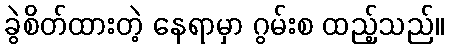
ခွဲစိတ်ထားတဲ့ နေရာမှာ ဂွမ်းစ ထည့်သည်။